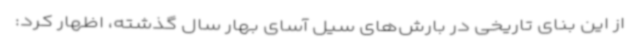
از این بنای تاریخی در بارش‌های سیل آسای بهار سال گذشته، اظهار کرد: